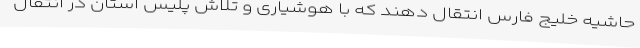
حاشیه خلیج فارس انتقال دهند که با هوشیاری و تلاش پلیس استان در انتقال